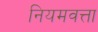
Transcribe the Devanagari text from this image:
नियमवत्ता